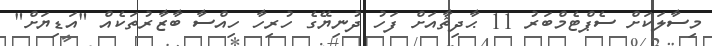
މިސާލަކަށް ސެޕްޓެމްބަރު 11 ޙާދިޘާއަށް ފަހު ދުނިޔޭގެ ހުރިހާ ހިއްސާ ބާޒާރުތަކެއް "އަޑިޔަށް"